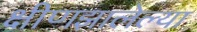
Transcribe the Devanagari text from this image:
क्षीणझालेल्या